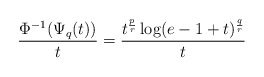
\begin{align*} \frac{\Phi^{-1}(\Psi_q(t))}{t}=\frac{t^\frac{p}{r}\log(e-1+t)^\frac{q}{r}}{t}\end{align*}